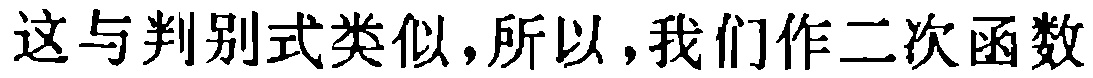
这与判别式类似,所以,我们作二次函数